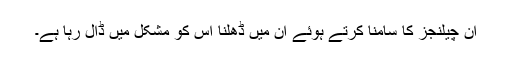
اِن چیلنجز کا سامنا کرتے ہوئے اُن میں ڈھلنا اُس کو مشکل میں ڈال رہا ہے۔